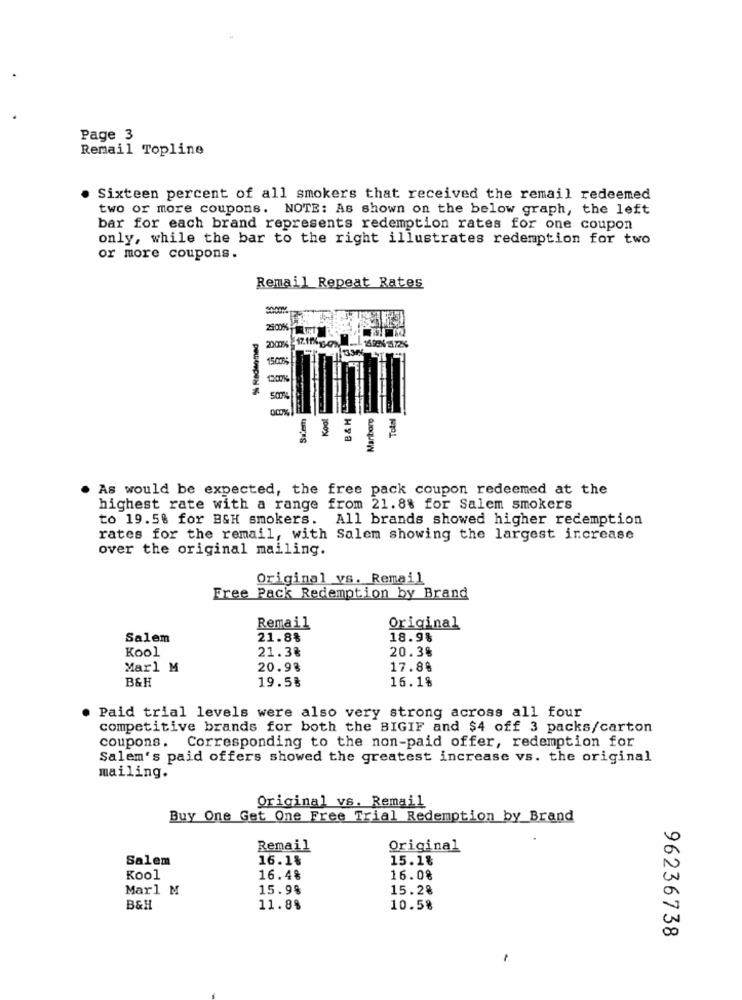
Page 3
Remail Topline
Sixteen percent of all smokers that received the remail redeemed
two or more coupons. NOTE: As shown on the below graph, the left
bar for each brand represents redemption rates for one coupon
only, while the bar to the right illustrates redemption for two
or more coupons.
Remail Repeat Rates
2007
50%
Siem
As would be expected, the free pack coupon redeemed at the
highest rate with a range from 21.8% for Salem smokers
to 19.5% for BSH smokers. All brands showed higher redemption
rates for the remail, with Salem showing the largest increase
over the original mailing.
Original vs. Remail
Free Pack Redemption by Brand
Remail
Original
Salem
21.8%
18.9%
Kool
21.3%
20.3%
Marl M
20.98
17.88
B&H
19.5%
16.1%
. Paid trial levels were also very strong across all four
competitive brands for both the BIGIF and $4 off 3 packs/carton
coupons. Corresponding to the non-paid offer, redemption for
Salem's paid offers showed the greatest increase vs. the original
mailing.
Original vs. Remail
Buy One Get One Free Trial Redemption by Brand
Remail
Original
Salem
16.1%
15.1%
Kool
16.4%
16.0%
Marl M
15.9%
15.28
B&H
11.8%
10.58
96236738